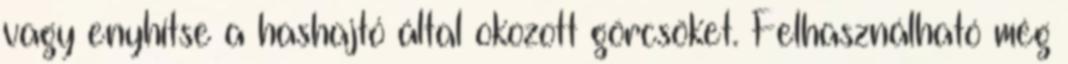
vagy enyhítse a hashajtó által okozott görcsöket. Felhasználható még